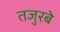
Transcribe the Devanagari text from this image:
तजुरबे